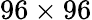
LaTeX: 96\times 96